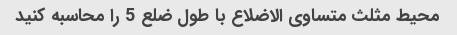
محیط مثلث متساوی الاضلاع با طول ضلع 5 را محاسبه کنید